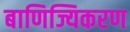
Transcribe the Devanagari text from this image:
बाणिज्यिकरण